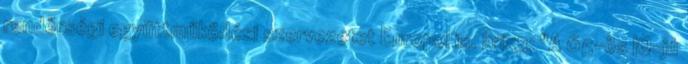
rendőrségi együttműködési szervezetet Europol is. krix3: "A 65-ös IQ-jú